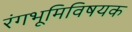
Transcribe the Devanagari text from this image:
रंगभूमिविषयक